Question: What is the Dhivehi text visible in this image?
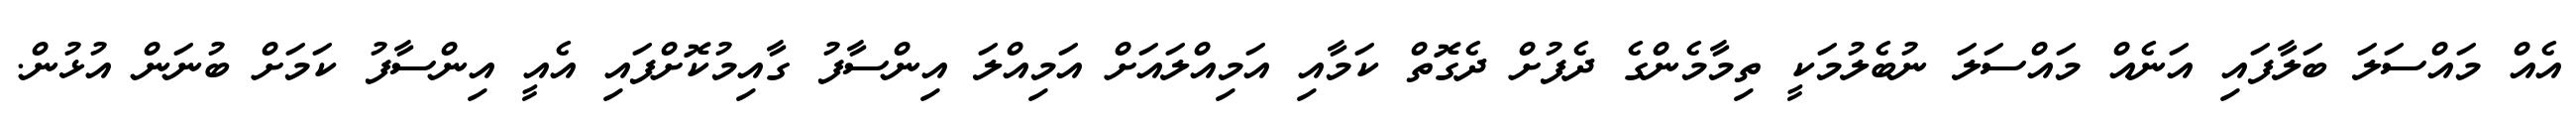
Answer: އެއް މައްސަލަ ބަލާފައި އަނެއް މައްސަލަ ނުބެލުމަކީ ތިމާމެންގެ ދެފުށް ދެގޮތް ކަމާއި އަމިއްލައަށް އަމިއްލަ އިންސާފު ގާއިމުކޮށްފައި އެއީ އިންސާފު ކަމަށް ބުނަން އުޅުން.